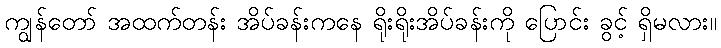
ကျွန်တော် အထက်တန်း အိပ်ခန်းကနေ ရိုးရိုးအိပ်ခန်းကို ပြောင်း ခွင့် ရှိမလား။